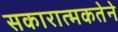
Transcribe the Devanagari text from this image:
सकारात्मकतेने